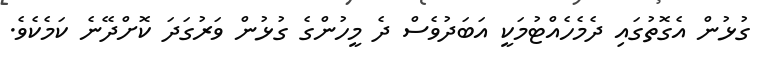
ގުޅުން އެގޮތުގައި ދެމެހެއްޓުމަކީ އަބަދުވެސް ދެ މީހުންގެ ގުޅުން ވަރުގަދަ ކޮށްދޭނެ ކަމެކެވެ.